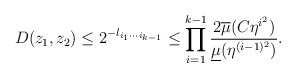
\begin{align*}D(z_{1},z_{2})\leq2^{-l_{i_{1}\cdots i_{k-1}}}\leq\prod_{i=1}^{k-1}\frac{2\overline{\mu}(C\eta^{i^{2}})}{\underline{\mu}(\eta^{(i-1)^{2}})}.\end{align*}